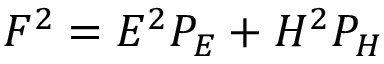
F ^ { 2 } = { \cal E } ^ { 2 } P _ { \cal E } + { \cal H } ^ { 2 } P _ { \cal H }